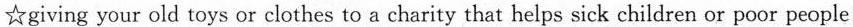
☆giving your old toys or clothes to a charity that helps sick children or poor people